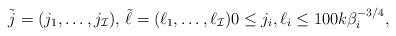
LaTeX: \begin{align*} \tilde{j}=(j_1,\ldots,j_{\mathcal{I}}), \, \tilde{\ell}=(\ell_1,\ldots,\ell_{\mathcal{I}}) 0\le j_i,\ell_i \le 100k \beta_i^{-3/4},\end{align*}